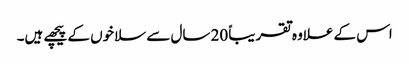
اس کے علاوہ تقریباً 20 سال سے سلاخوں کے پیچھے ہیں۔